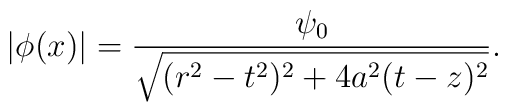
|\phi(x)| = {\psi_0\over\sqrt{(r^2-t^2)^2 +4 a^2 (t-z)^2 } }.